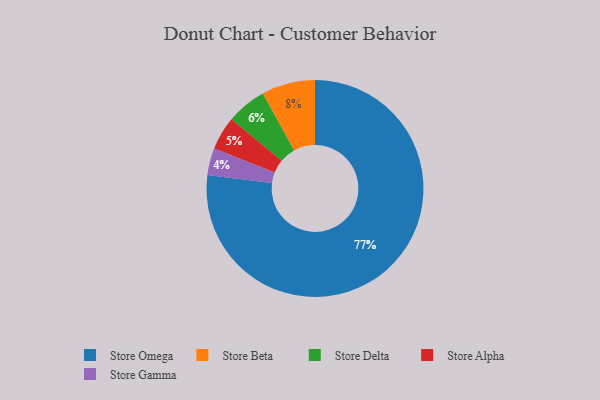
{"axis": {"x": "Category", "y": "Percentage"}, "legend": ["Store Alpha", "Store Beta", "Store Delta", "Store Gamma", "Store Omega"], "data": [{"x": "Store Delta", "y": 6, "type": "Store Delta"}, {"x": "Store Alpha", "y": 5, "type": "Store Alpha"}, {"x": "Store Gamma", "y": 4, "type": "Store Gamma"}, {"x": "Store Omega", "y": 77, "type": "Store Omega"}, {"x": "Store Beta", "y": 8, "type": "Store Beta"}]}